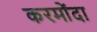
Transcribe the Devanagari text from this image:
करमोंदा